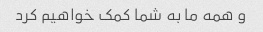
و همه ما به شما کمک خواهیم کرد